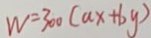
W = 3 0 0 ( a x + b y )